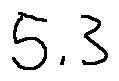
5 . 3